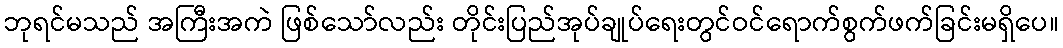
ဘုရင်မသည် အကြီးအကဲ ဖြစ်သော်လည်း တိုင်းပြည်အုပ်ချုပ်ရေးတွင်ဝင်ရောက်စွက်ဖက်ခြင်းမရှိပေ။